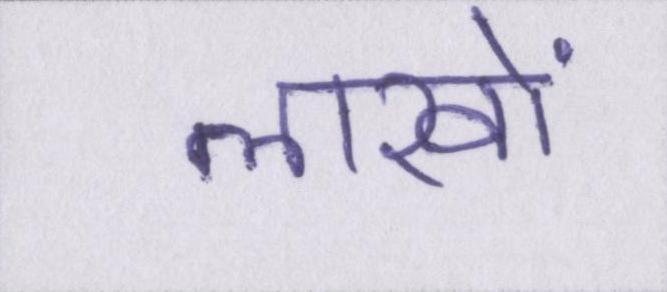
लाखों